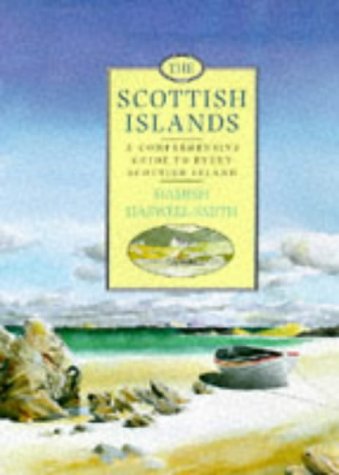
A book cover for The Scottish Islands (Canongate); Hamish Haswell-Smith; Travel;